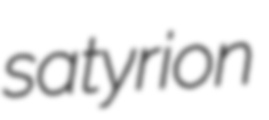
satyrion